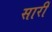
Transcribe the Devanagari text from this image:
सारीं